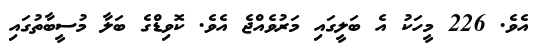
އެވެ. 226 މީހަކު އެ ބަލީގައި މަރުވެއްޖެ އެވެ. ކޮވިޑްގެ ބަލާ މުސީބާތުގައި